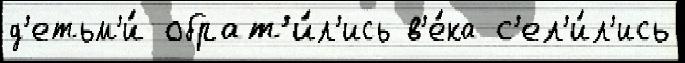
д'етьм'и́ обрат'и́л'ись в'е́ка с'ел'и́л'ись